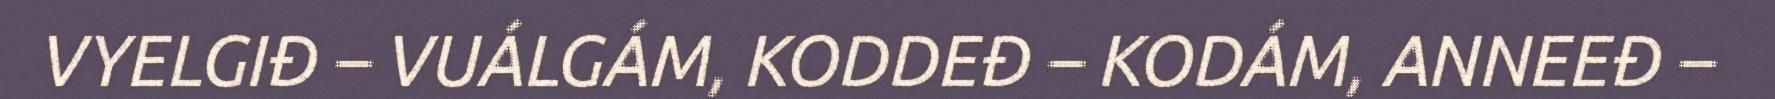
VYELGIĐ – VUÁLGÁM, KODDEĐ – KODÁM, ANNEEĐ –